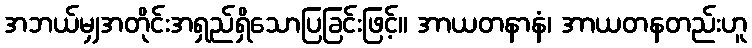
အဘယ်မျှအတိုင်းအရှည်ရှိသောပြခြင်းဖြင့်။ အာယတနာနံ၊ အာယတနတည်းဟူ